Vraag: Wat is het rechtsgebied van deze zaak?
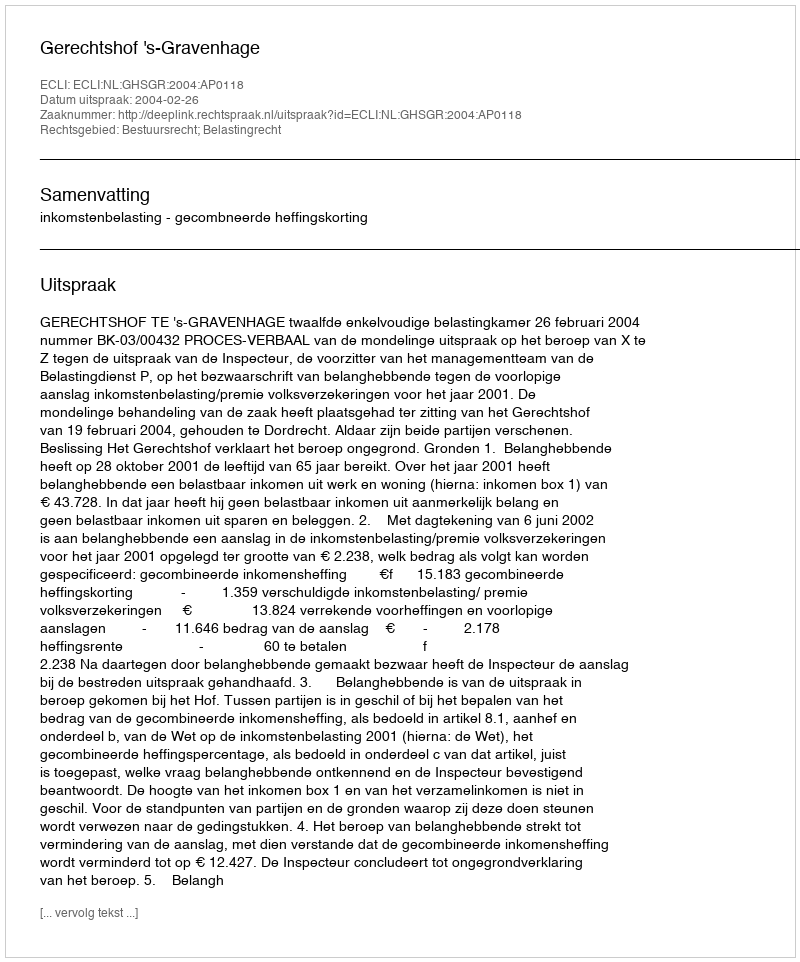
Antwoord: Bestuursrecht; Belastingrecht